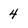
Character: 4